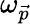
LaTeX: \omega_{\vec{p}}